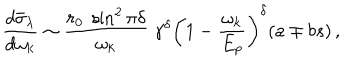
{ \frac { d \bar { \sigma } _ { \lambda } } { d \omega _ { k } } } \sim { \frac { r _ { 0 } \; \sin ^ { 2 } \pi \delta } { \omega _ { k } } } \; \gamma ^ { \delta } \left( 1 - { \frac { \omega _ { k } } { E _ { p } } } \right) ^ { \delta } ( a \mp b s ) \, ,